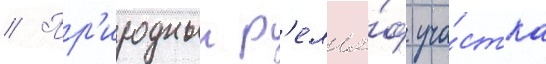
// Пр'иродныи р'елье́ф уча́стка